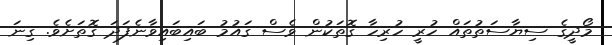
މޯދީގެ ސިޔާސަތުތައް ހުރީ ހުރިހާ ގޮތަކުން ވެސް ގައުމު ބައިބައިވާނެފަދަ ގޮތަށެވެ. ގިނަ